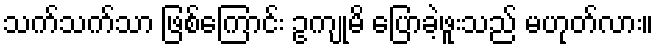
သက်သက်သာ ဖြစ်ကြောင်း ဥကျုမိ ပြောခဲ့ဖူးသည် မဟုတ်လား။